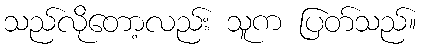
သည်လိုတော့လည်း သူက ပြတ်သည်။